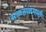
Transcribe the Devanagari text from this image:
सळसळणारी